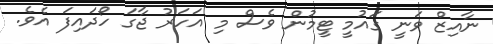
ނާއިޒް ވަނީ ގައުމީ ޓީމުން ވެސް މި އަހަރު ޖާގަ ހޯދައިފަ އެވެ.